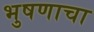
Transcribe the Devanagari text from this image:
भुषणाचा